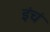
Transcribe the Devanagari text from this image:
इंचं